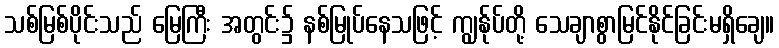
သစ်မြစ်ပိုင်းသည် မြေကြီး အတွင်း၌ နစ်မြုပ်နေသဖြင့် ကျွန်ုပ်တို့ သေချာစွာမြင်နိုင်ခြင်းမရှိချေ။